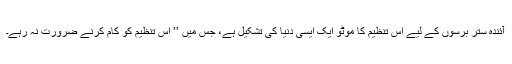
آئندہ ستر برسوں کے لیے اس تنظیم کا موٹو ایک ایسی دنیا کی تشکیل ہے، جس میں ’’ اس تنظیم کو کام کرنے ضرورت نہ رہے۔